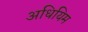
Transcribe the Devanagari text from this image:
अधियिम